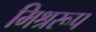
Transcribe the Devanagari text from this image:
मिश्ररूप